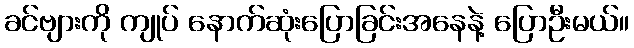
ခင်ဗျားကို ကျုပ် နောက်ဆုံးပြောခြင်းအနေနဲ့ ပြောဦးမယ်။